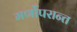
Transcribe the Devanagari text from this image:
मर्णोपरान्त